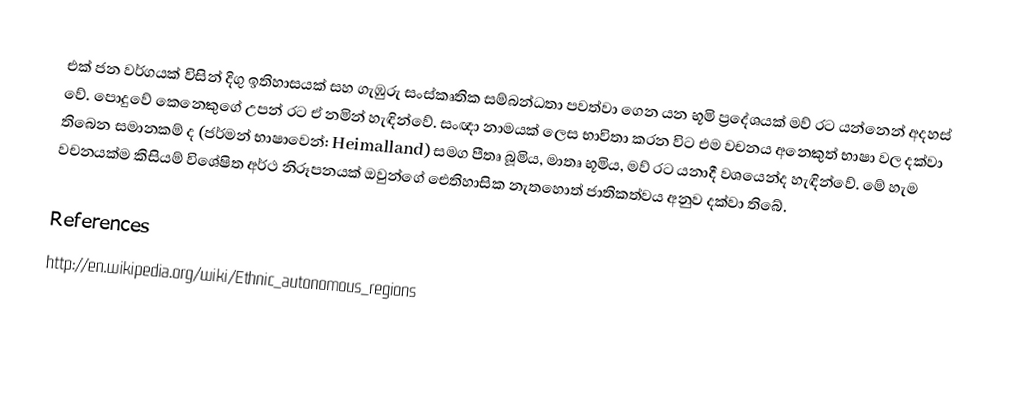
එක් ජන වර්ගයක් විසින් දිගු ඉතිහාසයක් සහ ගැඹුරු සංස්කෘතික සම්බන්ධතා පවත්වා ගෙන යන භූමි ප්‍රදේශයක් මව් රට යන්නෙන් අදහස් වේ. පොදුවේ කෙනෙකුගේ උපන් රට ඒ නමින් හැඳින්වේ. සංඥා නාමයක් ලෙස භාවිතා කරන විට එම වචනය අනෙකුත් භාෂා වල දක්වා තිබෙන සමානකම් ද (ජර්මන් භාෂාවෙන්: Heimalland) සමග පීතෘ බූමිය, මාතෘ භූමිය, මව් රට යනාදී වශයෙන්ද හැඳින්වේ. මේ හැම වචනයක්ම කිසියම් විශේෂිත අර්ථ නිරූපනයක් ඔවුන්ගේ ඓතිහාසික නැතහොත් ජාතිකත්වය අනුව දක්වා තිබේ.

References
http://en.wikipedia.org/wiki/Ethnic_autonomous_regions